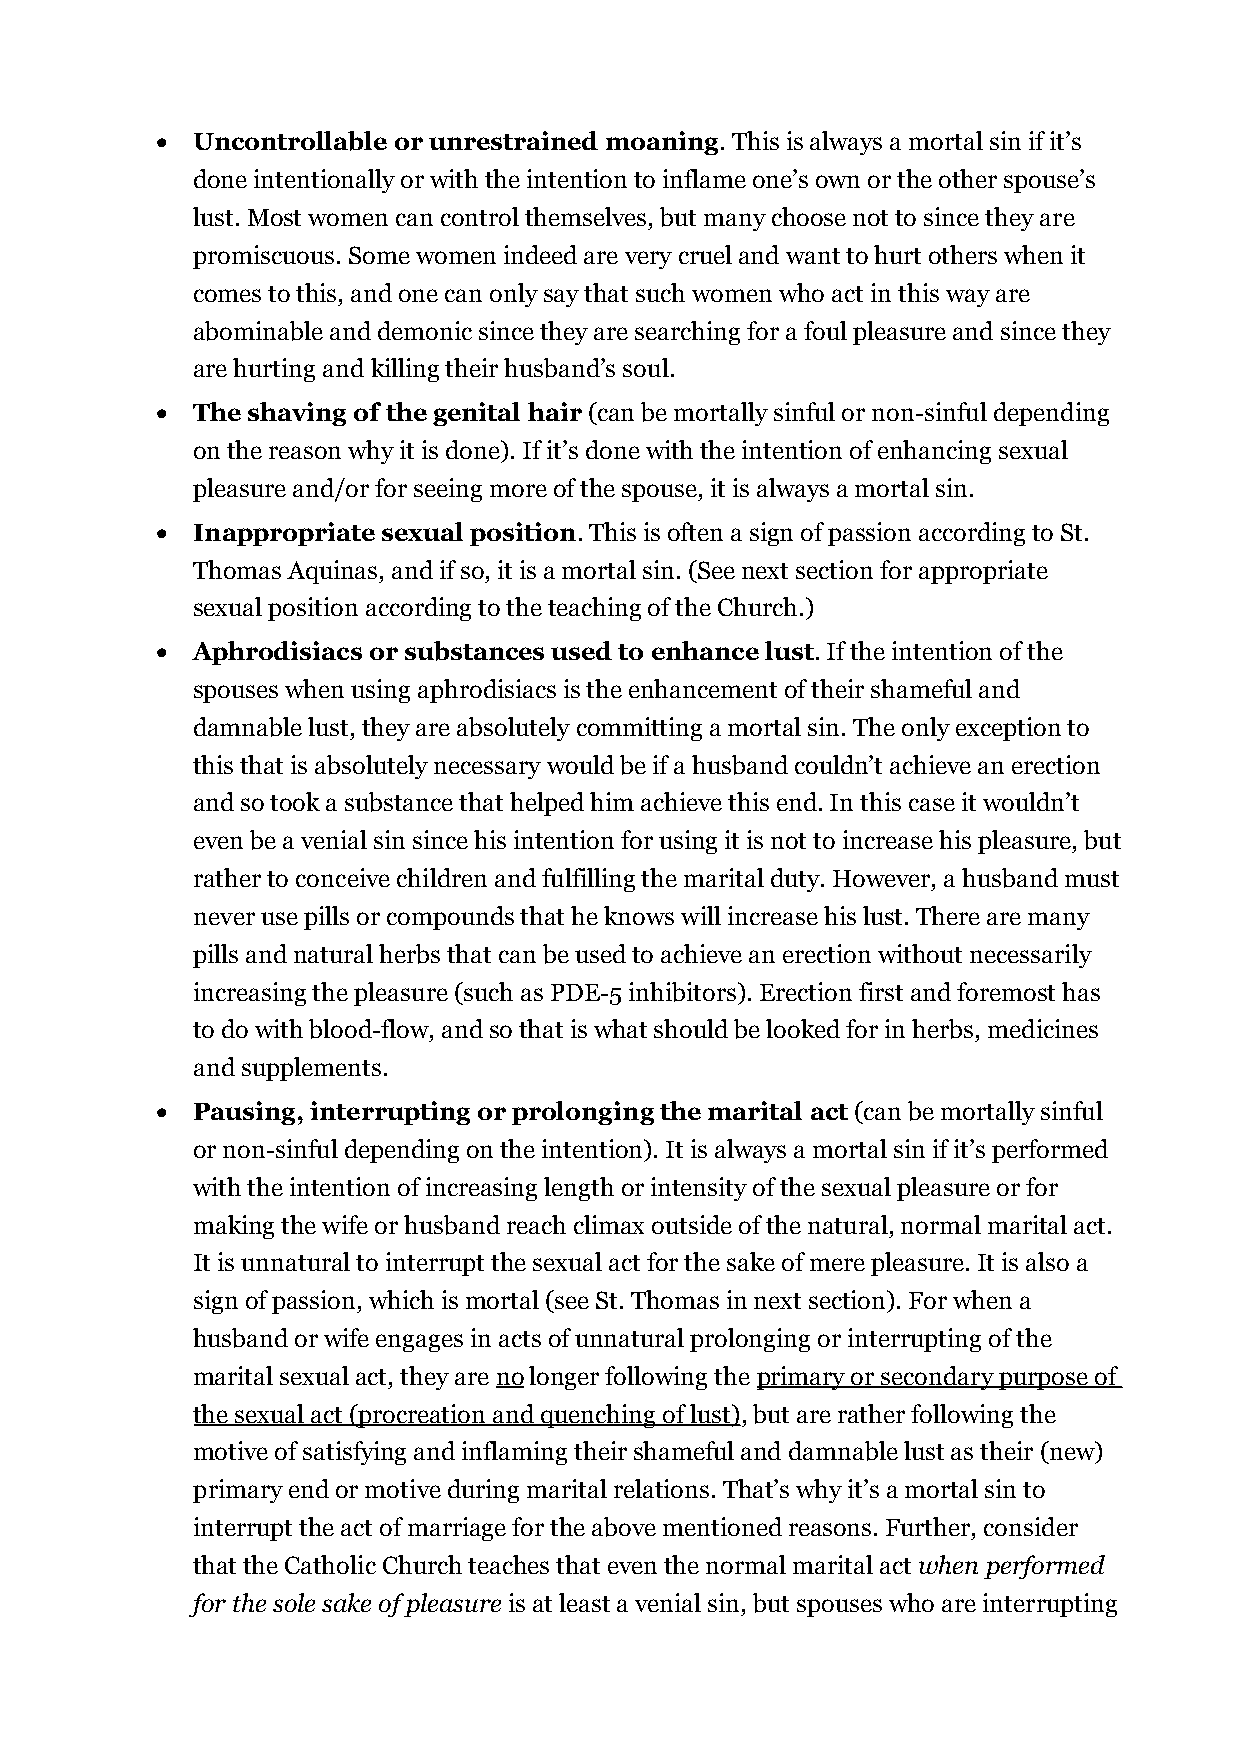
  Uncontrollable or unrestrained moaning. This is always a mortal sin if it’s
 done intentionally or with the intention to inflame one’s own or the other spouse’s
 lust. Most women can control themselves, but many choose not to since they are
 promiscuous. Some women indeed are very cruel and want to hurt others when it
 comes to this, and one can only say that such women who act in this way are
 abominable and demonic since they are searching for a foul pleasure and since they
 are hurting and killing their husband’s soul.
   The shaving of the genital hair (can be mortally sinful or non-sinful depending
 on the reason why it is done). If it’s done with the intention of enhancing sexual
 pleasure and/or for seeing more of the spouse, it is always a mortal sin.
   Inappropriate sexual position. This is often a sign of passion according to St.
 Thomas Aquinas, and if so, it is a mortal sin. (See next section for appropriate
 sexual position according to the teaching of the Church.)
   Aphrodisiacs or substances used to enhance lust. If the intention of the
 spouses when using aphrodisiacs is the enhancement of their shameful and
 damnable lust, they are absolutely committing a mortal sin. The only exception to
 this that is absolutely necessary would be if a husband couldn’t achieve an erection
 and so took a substance that helped him achieve this end. In this case it wouldn’t
 even be a venial sin since his intention for using it is not to increase his pleasure, but
 rather to conceive children and fulfilling the marital duty. However, a husband must
 never use pills or compounds that he knows will increase his lust. There are many
 pills and natural herbs that can be used to achieve an erection without necessarily
 increasing the pleasure (such as PDE-5 inhibitors). Erection first and foremost has
 to do with blood-flow, and so that is what should be looked for in herbs, medicines
 and supplements.
   Pausing, interrupting or prolonging the marital act (can be mortally sinful
 or non-sinful depending on the intention). It is always a mortal sin if it’s performed
 with the intention of increasing length or intensity of the sexual pleasure or for
 making the wife or husband reach climax outside of the natural, normal marital act.
 It is unnatural to interrupt the sexual act for the sake of mere pleasure. It is also a
 sign of passion, which is mortal (see St. Thomas in next section). For when a
 husband or wife engages in acts of unnatural prolonging or interrupting of the
 marital sexual act, they are no longer following the primary or secondary purpose of
 the sexual act (procreation and quenching of lust), but are rather following the
 motive of satisfying and inflaming their shameful and damnable lust as their (new)
 primary end or motive during marital relations. That’s why it’s a mortal sin to
 interrupt the act of marriage for the above mentioned reasons. Further, consider
 that the Catholic Church teaches that even the normal marital act when performed
 for the sole sake of pleasure is at least a venial sin, but spouses who are interrupting